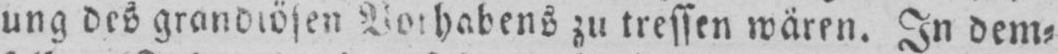
zu treffen wären. In dem⸗